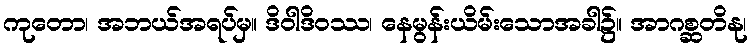
ကုတော၊ အဘယ်အရပ်မှ။ ဒိဝါဒိဝဿ၊ နေမွန်းယိမ်းသောအခါ၌။ အာဂစ္ဆတိနု၊